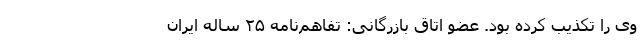
وی را تکذیب کرده بود. عضو اتاق بازرگانی: تفاهم‌نامه ۲۵ ساله ایران